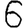
Digit: 6